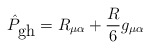
\begin{align*}\hat{P}_{\mbox{gh}}=R_{\mu \alpha} + \frac{R}{6} g_{\mu \alpha}\end{align*}